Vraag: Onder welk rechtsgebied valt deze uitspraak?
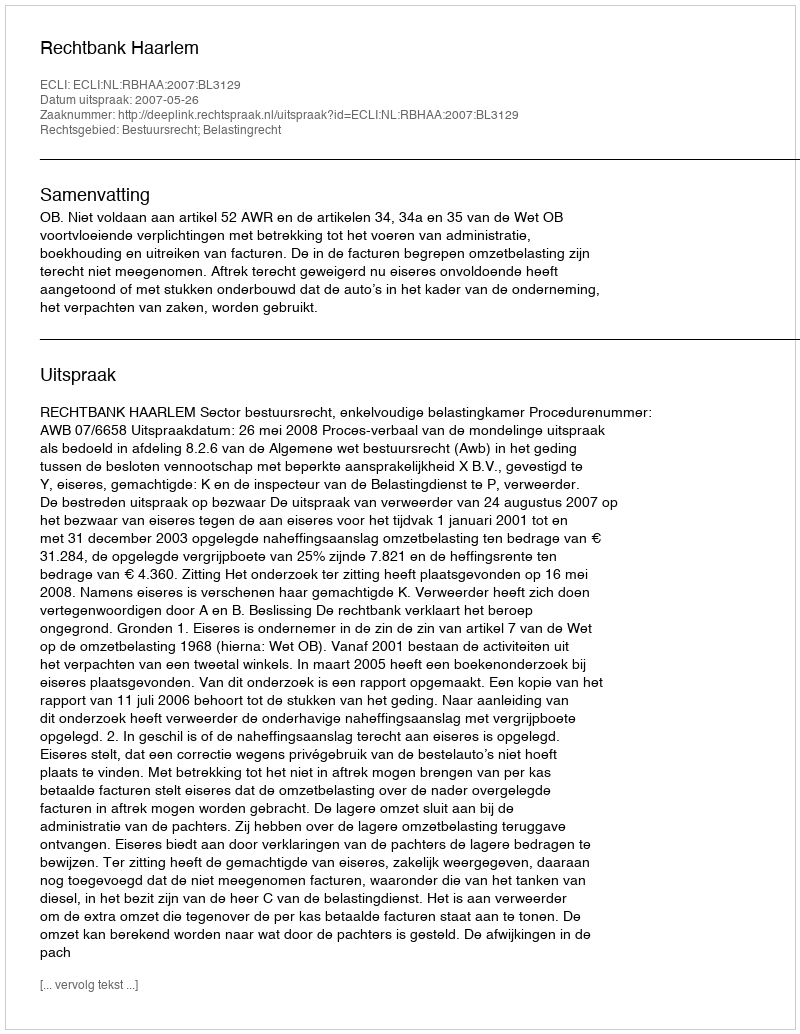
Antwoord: Bestuursrecht; Belastingrecht